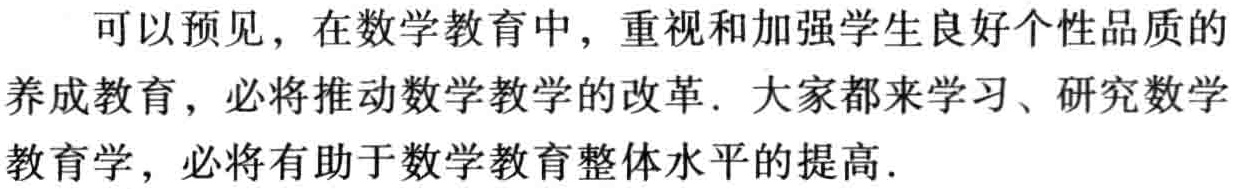
可以预见，在数学教育中，重视和加强学生良好个性品质的养成教育，必将推动数学教学的改革. 大家都来学习、研究数学教育学，必将有助于数学教育整体水平的提高.